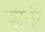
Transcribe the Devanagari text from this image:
यानौं